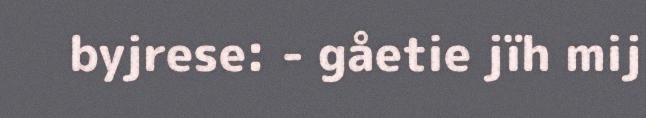
byjrese: - gåetie jïh mij